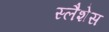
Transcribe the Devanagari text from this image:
स्लैशेस